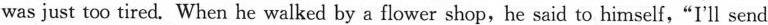
was just too tired. When he walked by a flower shop,he said to himself,"I'll send